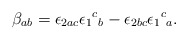
\begin{align*}\beta_{ab} = \epsilon_{2ac}\epsilon{_1}{^c}_{b} - \epsilon_{2bc}\epsilon{_1}{^c}_{a}.\end{align*}